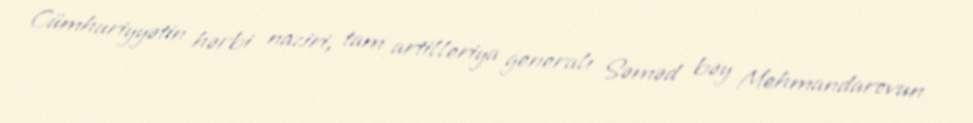
Cümhuriyyətin hərbi naziri, tam artilleriya generalı Səməd bəy Mehmandarovun